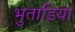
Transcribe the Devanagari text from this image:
भुताडिया